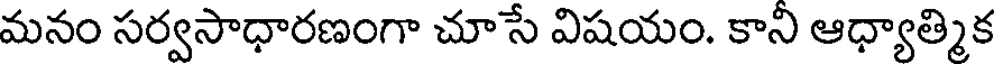
మనం సర్వసాధారణంగా చూసే విషయం. కాని ఆధ్యాత్మిక